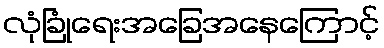
လုံခြုံရေးအခြေအနေကြောင့်